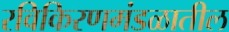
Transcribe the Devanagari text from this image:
रविकिरणमंडळातील